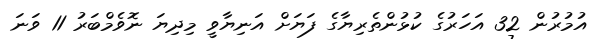
އުމުރުން 32 އަހަރުގެ ކުޅުންތެރިޔާގެ ފަޔަށް އަނިޔާވީ މިދިޔަ ނޮވެމްބަރު 11 ވަނަ